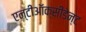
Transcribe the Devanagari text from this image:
एन्टीऑक्सीडेन्ट